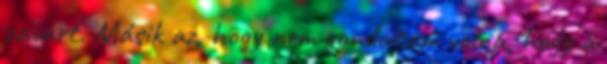
zavart. Másik az, hogy nem gondoltam volna, hogy a